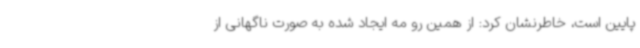
پایین است، خاطرنشان کرد: از همین رو مه ایجاد شده به صورت ناگهانی از